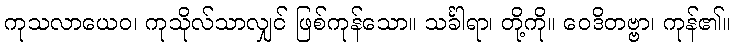
ကုသလာယေဝ၊ ကုသိုလ်သာလျှင် ဖြစ်ကုန်သော။ သင်္ခါရာ၊ တို့ကို။ ဝေဒိတဗ္ဗာ၊ ကုန်၏။